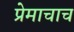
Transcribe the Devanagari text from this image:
प्रेमाचाच